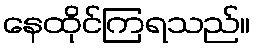
နေထိုင်ကြရသည်။